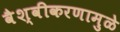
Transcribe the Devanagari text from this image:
वैश्वीकरणामुळे